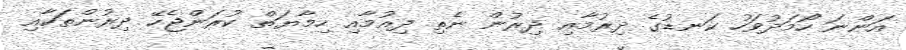
އަންނަ ހޯމަދުވަހު ކަނޑުގެ ދިރުމާއި ދިރުން ނެތި ދިއުމާއި ހިމާޔަތް ކުރަންޖެހޭ ދިރުންތަކާއި